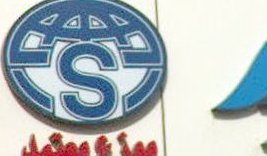
CSS